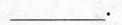
___.